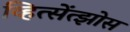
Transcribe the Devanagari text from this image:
व्हित्सेंत्झोस